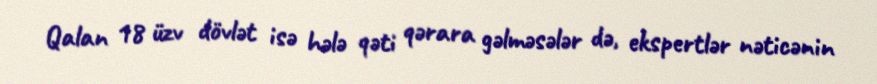
Qalan 18 üzv dövlət isə hələ qəti qərara gəlməsələr də, ekspertlər nəticənin